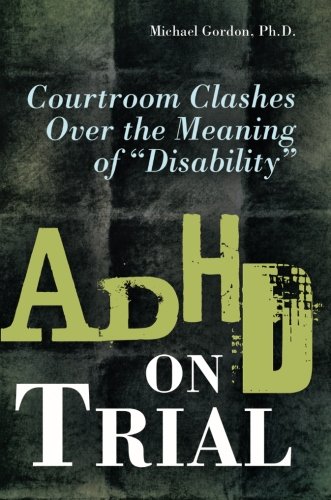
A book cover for ADHD on Trial: Courtroom Clashes over the Meaning of Disability; Michael Gordon; Law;